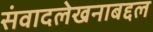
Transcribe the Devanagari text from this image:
संवादलेखनाबद्दल